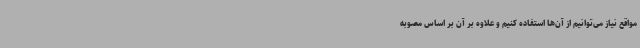
مواقع نیاز می‌توانیم از آن‌ها استفاده کنیم و علاوه بر آن بر اساس مصوبه